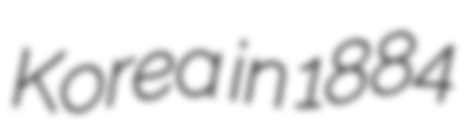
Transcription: Korea in 1884